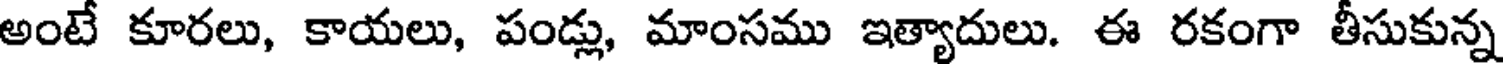
అంటే కూరలు, కాయలు, పండ్లు, మాంసము ఇత్యాదులు. ఈ రకంగా తీసుకున్న